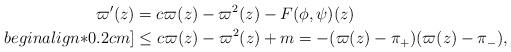
LaTeX: \begin{align*} \varpi'(z)&=c\varpi(z)-\varpi^2(z)-F(\phi,\psi)(z)\\begin{align*}0.2cm] &\leq c\varpi(z)-\varpi^2(z)+m =-(\varpi(z)-\pi_+)(\varpi(z)-\pi_-),\end{align*}